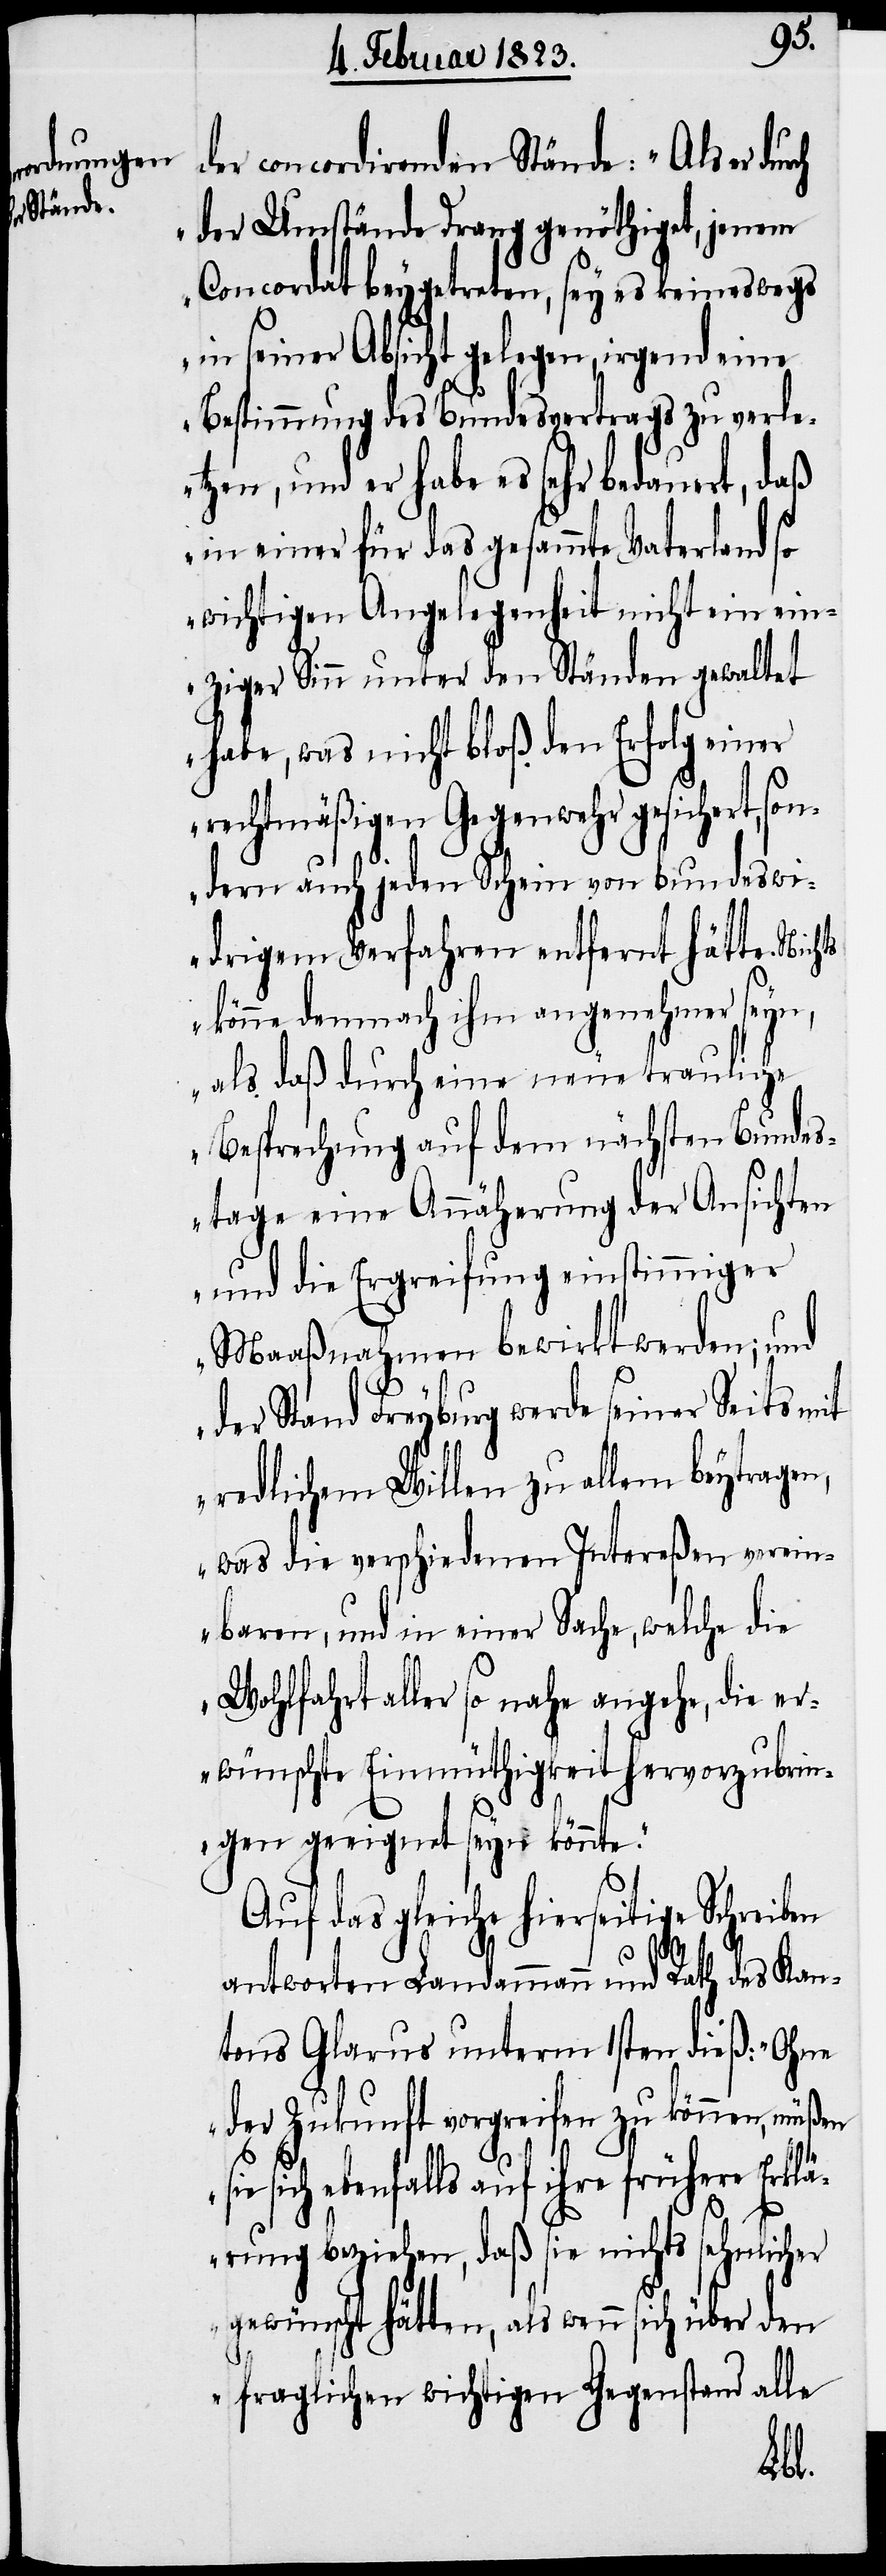
der concordirenden Stände: „Als er durch
der Umstände Drang genöthiget, jenem
Concordat beygetreten, sey es keineswegs
in seiner Absicht gelegen, irgend eine
Bestimmung des Bundesvertrags zu verle¬
tzen, und er habe es sehr bedauert, daß
in einer für das gesammte Vaterland so
wichtigen Angelegenheit nicht ein ein¬
ziger Sinn unter den Ständen gewaltet
habe, was nicht bloß den Erfolg einer
rechtmäßigen Gegenwehr gesichert, so¬
ndern auch jeden Schein von bundeswi¬
drigem Verfahren entfernt hätte. Nichts
könne demnach ihm angenehmer seyn,
als daß durch eine neue trauliche
Besprechung auf dem nächsten Bundes¬
tage eine Annäherung der Ansichten
und die Ergreifung einstimmiger
Maaßnahmen bewirkt werden; und
der Stand Freyburg werde seiner Seits mit
redlichem Willen zu allem beytragen,
was die verschiedenen Intereßen verein¬
baren, und in einer Sache, welche die
Wohlfahrt aller so nahe angehe, die er¬
wünschte Einmüthigkeit hervorzubrin¬
gen geeignet seyn könnte.“
Auf das gleiche hierseitige Schreiben
antworten Landammann und Rath des Kan¬
tons Glarus unterm 1sten dieß: „Ohne
der Zukunft vorgreifen zu können, müßen
ihre frühere Erkl¬
ärung beziehen, daß sie nichts sehnlich¬
gewünscht hätten, als wenn sich über den
fraglichen wichtigen Gegenstand alle

er